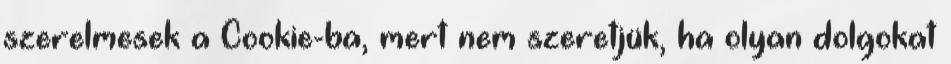
szerelmesek a Cookie-ba, mert nem szeretjük, ha olyan dolgokat